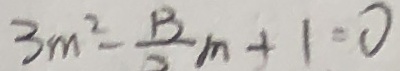
3 m ^ { 2 } - \frac { 1 3 } { 2 } m + 1 = 0